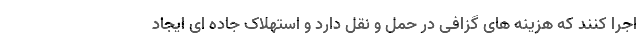
اجرا کنند که هزینه های گزافی در حمل و نقل دارد و استهلاک جاده ای ایجاد